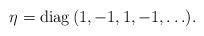
LaTeX: \begin{align*}\eta = \mathrm{diag}\,(1, -1, 1, -1, \ldots).\end{align*}